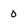
Character: 0